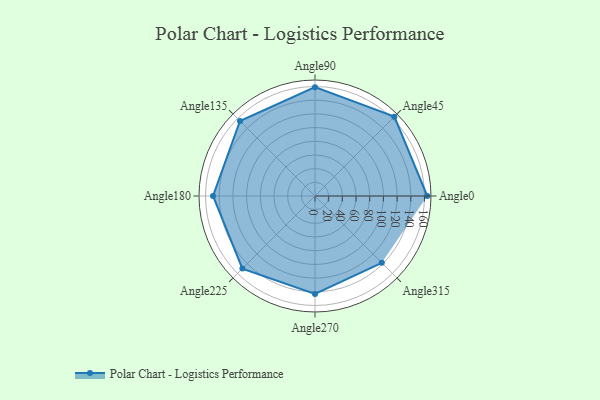
{"axis": {"x": "Angle", "y": "Radius"}, "legend": [""], "data": [{"x": "Angle0", "y": 164.0, "type": ""}, {"x": "Angle45", "y": 164.0, "type": ""}, {"x": "Angle90", "y": 159.0, "type": ""}, {"x": "Angle135", "y": 155.0, "type": ""}, {"x": "Angle180", "y": 149.0, "type": ""}, {"x": "Angle225", "y": 150.0, "type": ""}, {"x": "Angle270", "y": 143.0, "type": ""}, {"x": "Angle315", "y": 138.0, "type": ""}]}